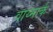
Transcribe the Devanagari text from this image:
वाय्मार्क